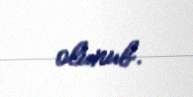
olunub.